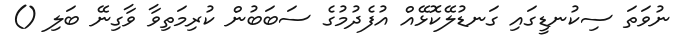
ނުވަތަ ސިކުނޑީގައި ގަނޑުލޭކޮޅޭއް އުފެދުމުގެ ސަބަބުން ކުރިމަތިވާ ވާގިނޭ ބަލި ()